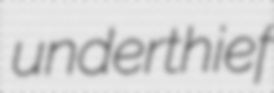
underthief